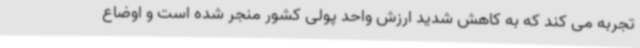
تجربه می کند که به کاهش شدید ارزش واحد پولی کشور منجر شده است و اوضاع